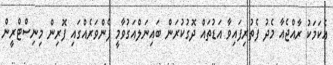
އެކަމަކު ރާއްޖެއާ މެދު ފެތުރިފައިވާ އަޑުތައް ދޮގުކުރަން ބައިނަލްއަގުވާމީ ފެންވަރެއްގައި ފޮރިން މިނިސްޓްރީން